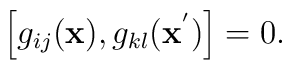
\left[ g_{ij}({\bf x}), g_{kl}({\bf x}^{'})\right] = 0.